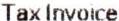
TAX INVOICE